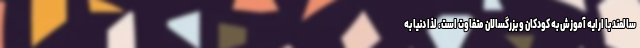
سالمند با ارایه آموزش به کودکان و بزرگسالان متفاوت است، لذا دنیا به